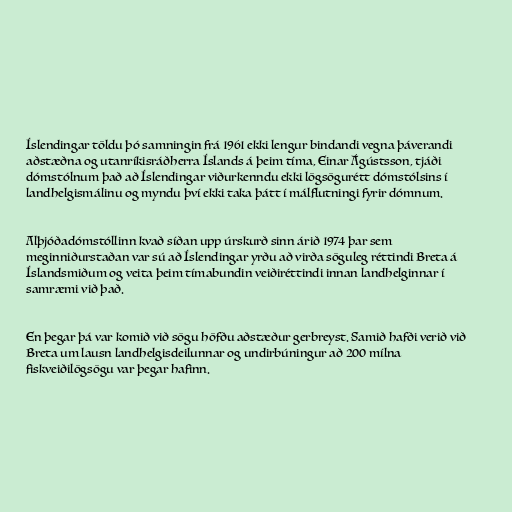
Íslendingar töldu þó samningin frá 1961 ekki lengur bindandi vegna þáverandi
aðstæðna og utanríkisráðherra Íslands á þeim tíma, Einar Ágústsson, tjáði
dómstólnum það að Íslendingar viðurkenndu ekki lögsögurétt dómstólsins í
landhelgismálinu og myndu því ekki taka þátt í málflutningi fyrir dómnum.

Alþjóðadómstóllinn kvað síðan upp úrskurð sinn árið 1974 þar sem
meginniðurstaðan var sú að Íslendingar yrðu að virða söguleg réttindi Breta á
Íslandsmiðum og veita þeim tímabundin veiðiréttindi innan landhelginnar í
samræmi við það.

En þegar þá var komið við sögu höfðu aðstæður gerbreyst. Samið hafði verið við
Breta um lausn landhelgisdeilunnar og undirbúningur að 200 mílna
fiskveiðilögsögu var þegar hafinn.